Report of the King Institute of Preventive Medicine, Guindy
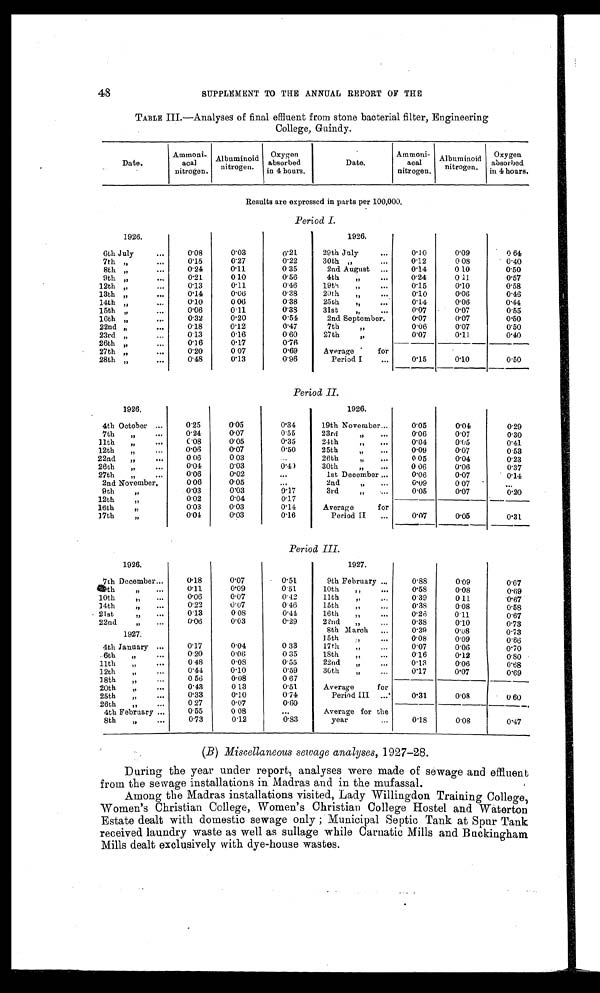
48
SUPPLEMENT TO THE ANNUAL REPORT OF THE
TABLE III.— Analyses of final effluent from stone bacterial filter, Engineering
College, Guindy.
Date.
Ammoni-
acal
nitrogen.
Albuminoid
nitrogen.
Oxygen
absorbed
in 4 hours.
Date.
Ammon-
acal
nitrogen.
Albuminoid
nitrogen.
Oxygen
absorb ed
in 4 hours.
Re s u l t s a r e e x p r e s s e d i n p a r t s p e r 1 0 0 , 0 0 0 .
Period I.
1926.
6th July...
0 . 0 8
0 . 0 3
0.21
7th „
...
0.15
0.27
0.22
8th „
...
0.24
0.11
0 35
9th „
. . .
0.21
0.10
0.56
12th ,,
0.13
0.11
0.46
13th „
. . .
0.14
0.06
0.38
14th ,,
...
0.10
0.06
0.38
15th „
...
0.06
0.11
0.38
16th „
...
0.32
0.20
0.54
22nd „
. . .
0.18
0.12
0.47
23rd „...
0 . 13
0.16
0.60
26th „
...
0.16
0.17
0.76
27th „
0.20
0.07
0.69
28th „
. . .
0.48
0.13
0.96
1926.
29th July
...
0.10
0.09
0.64
30th ,,
...
0.12
0.08
0.40
2nd August ...
0.14
0.10
0.50
4th
„
...
0.24
0.11
0.57
19th
,,
...
0.15
0.10
0.58
20th
„
0.10
0.06
0.46
25th
,,
. . .
0.14
0.06
0.44
31st
,,
...
0.07
0.07
0.55
2nd September.
0.07
0.07
0.50
7th
, ,
0016
0.07
0.50
27th
„
0.07
0.11
0.40
Average for
Period I
...
0.15
0.10
0.50
Period II
1926.
4th October ...
0.25
0.05
0.34
7th
„
...
0.24
0.07
0.55
11th
„
...
0.08
0.05
0.35
12th
,, ...
0.06
0.07
0.50
22nd
,, ...
0.06
0.03
...
26th
,,
. . .
0.04
0.03
0.40
27th
,,
...
0.06
0.02
...
2nd November.
0.06
0.05
...
9th
„
0.03
0.03
0.17
12th
„
0.02
0.04
0.17
16th
„
0.03
0.03
0.14
17th
„
0.04
0.03
0.16
1 9 2 6 .
19th November...
0.05
0.04
0.29
23rd
,, . . .
0.06
0.07
0.30
24th
0.04
0.05
0.41
25th
0.09
0.07
0.53
26th
0.05
0.04
0.23
30th
,, ...
0.06
0.06
0.37
1st December ...
0.06
0.07
0.14
2nd
„
...
0.09
0.07
...
3rd
0.05
0.07
0.20
Average
for
Period II
...
0.07
0.05
0.31
Period III.
1926.
7th December...
0.18
0.07
0.51
th
„
...
0.11
0.09
0.51
10th
„
..,
0.06
0.07
0.42
14th
„
...
0.22
0.07
0.46
. 21st
0.13
0.08
0.44
22nd
„
...
0.06
0.03
0.29
1927.
4th January ...
0.17
0.04
0.33
. 6th
„...
0.20
0.06
0.35
11th
0 .48
0.08
0.55
12th
„...
0.44
0.10
0.59
18th
„
...
0. 56
0.08
0.67
20th
„
...
0.43
0.13
0.51
25th
„...
0.33
0.10
0.74
26th
„
...
0 27
0.07
0.60
4th February ...
0.55
0 08
. . .
8th
,,
...
0.73
0.12
0.83
1927.
9th February ..,
0.88
0.09
0.67
10th
0.58
0.08
0.69
11th,, ...
0.39
0.11
0.67
15th
,,
...
0.38
0.08
0.58
16th
„
...
0.26
0.11
0.67
22nd. „
. .
0.38
0.10
0.73
8th March
...
0.39
0.08
0.73
15th
...
0.08
0.09
0.66
17th
,,
0.07
0.06
0.70
18th
0.16
0.12
0.80
22nd,,
...
0.13
0.06
0.68
36th
„
0.17
0.07
0.69
.
Average
for
Period III
...
0.31
0.08
0 .60
Average for the
year...
0 . 1 8
0.08
0.47
(B) Miscellaneous sewage analyses, 1927-28.
During the year under report, analyses were made of sewage and effluent
from the sewage installations in Madras and in the mufassal.
Among the Madras installations visited, Lady Willingdon Training College,
Women's Christian College, Women's Christian College Hostel and Waterton
Estate dealt with domestic sewage only ; Municipal Septic Tank at Spur Tank
received laundry waste as well as sullage while Carnatic Mills and Buckingham
Mills dealt exclusively with dye-house wastes.